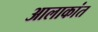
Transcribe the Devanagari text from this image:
आलाकांत